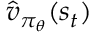
\hat { v } _ { \pi _ { \theta } } ( s _ { t } )